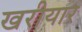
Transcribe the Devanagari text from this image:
खरीयार